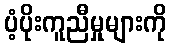
ပံ့ပိုးကူညီမှုများကို